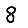
Digit: 8